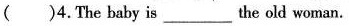
()4.The baby is___the old woman.